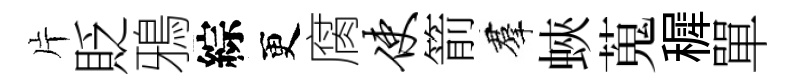
片貶鴉綜更腐使箭羣蛺蒐穉單